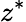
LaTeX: z^{\ast}